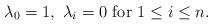
LaTeX: \begin{align*}\lambda_0=1,\ \lambda_i=0\ \mbox{for } 1\leq i\leq n.\end{align*}